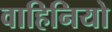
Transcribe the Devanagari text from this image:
वाहिनियो